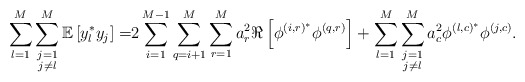
\begin{align*} \sum_{l=1}^M\sum\limits_{\substack{j=1\\j\neq l}}^M\mathbb{E}\left[y_l^* y_j\right]=&2\sum_{i=1}^{M-1}\sum_{q=i+1}^{M}\sum_{r=1}^M a_r^2\Re\left[\phi^{\left(i,r\right)^*}\phi^{\left(q,r\right)}\right]+\sum_{l=1}^M\sum\limits_{\substack{j=1\\j\neq l}}^M a_c^2\phi^{\left(l,c\right)^*}\phi^{\left(j,c\right)}.\end{align*}